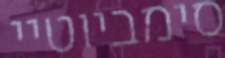
סימביוטיי